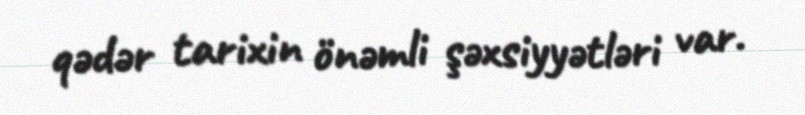
qədər tarixin önəmli şəxsiyyətləri var.